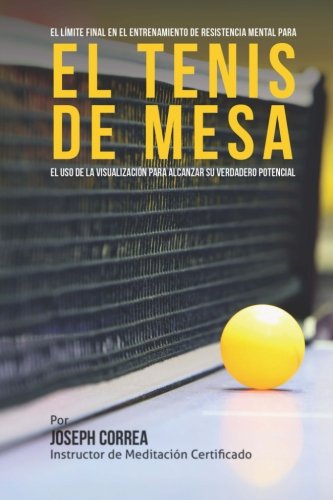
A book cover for El Limite Final en el Entrenamiento de Resistencia Mental Para el Tenis de Mesa: El uso de la visualizacion para alcanzar su verdadero potencial (Spanish Edition); Joseph Correa (Instructor de Meditacion Certificado); Sports & Outdoors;